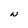
Character: N